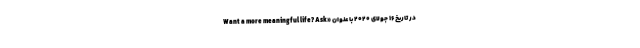
در تاریخ ۱۶ جولای ۲۰۲۰ با عنوان «Want a more meaningful life? Ask